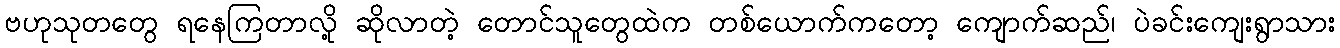
ဗဟုသုတတွေ ရနေကြတာလို့ ဆိုလာတဲ့ တောင်သူတွေထဲက တစ်ယောက်ကတော့ ကျောက်ဆည်၊ ပဲခင်းကျေးရွာသား